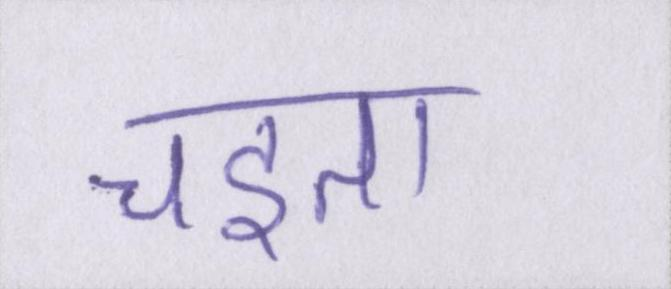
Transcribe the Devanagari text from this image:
चइता